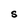
Character: S